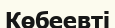
Көбеевті